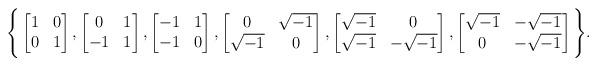
LaTeX: \begin{align*}\Bigg\{ \begin{bmatrix} 1 & 0 \\ 0 & 1 \end{bmatrix}, \begin{bmatrix} 0 & 1 \\ -1 & 1 \end{bmatrix}, \begin{bmatrix} -1 & 1\\ -1 & 0 \end{bmatrix}, \begin{bmatrix} 0 & \sqrt{-1} \\ \sqrt{-1} & 0 \end{bmatrix}, \begin{bmatrix} \sqrt{-1} & 0 \\ \sqrt{-1} & -\sqrt{-1} \end{bmatrix}, \begin{bmatrix} \sqrt{-1} & -\sqrt{-1} \\ 0 & -\sqrt{-1} \end{bmatrix}\Bigg\}.\end{align*}